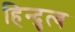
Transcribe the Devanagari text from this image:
हिन्‍दुत्‍व